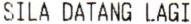
SILA DATANG LAGI